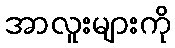
အာလူးများကို